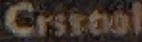
Cristal